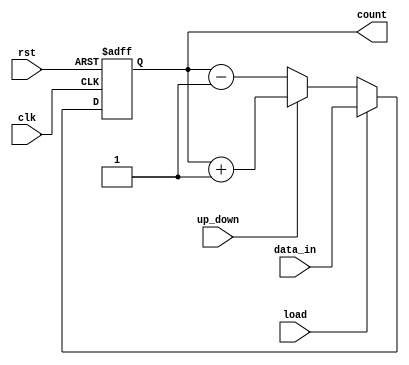
module UpDownCounter #(
    parameter N = 8 // Define the bit-width of the counter
)(
    input wire clk,          // Clock signal
    input wire rst,          // Asynchronous reset signal
    input wire up_down,      // Control signal for counting direction
    input wire load,         // Load signal to initialize the counter
    input wire [N-1:0] data_in, // Input data for loading the counter
    output reg [N-1:0] count // N-bit output representing the current count value
);

    // Asynchronous reset and load functionality
    always @(posedge clk or posedge rst) begin
        if (rst) begin
            count <= 0; // Reset the counter to zero
        end else if (load) begin
            count <= data_in; // Load the counter with the input data
        end else begin
            // Count up or down based on the up_down signal
            if (up_down) begin
                count <= count + 1; // Increment the counter
            end else begin
                count <= count - 1; // Decrement the counter
            end
        end
    end

endmodule